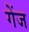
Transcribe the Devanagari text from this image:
गेंज